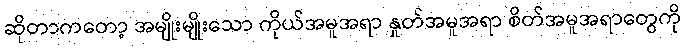
ဆိုတာကတော့ အမျိုးမျိုးသော ကိုယ်အမူအရာ နှုတ်အမူအရာ စိတ်အမူအရာတွေကို